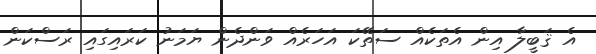
އެ ޤަބީލާ އިން އެތަކެއް ސަތޭކަ އަހަރެއް ވަންދެން ޔަމަނު ކަރައިގައި ރަސްކަން